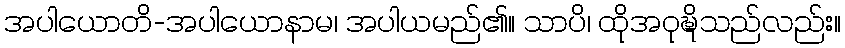
အပါယောတိ-အပါယောနာမ၊ အပါယမည်၏။ သာပိ၊ ထိုအဝုဍ္ဎိသည်လည်း။